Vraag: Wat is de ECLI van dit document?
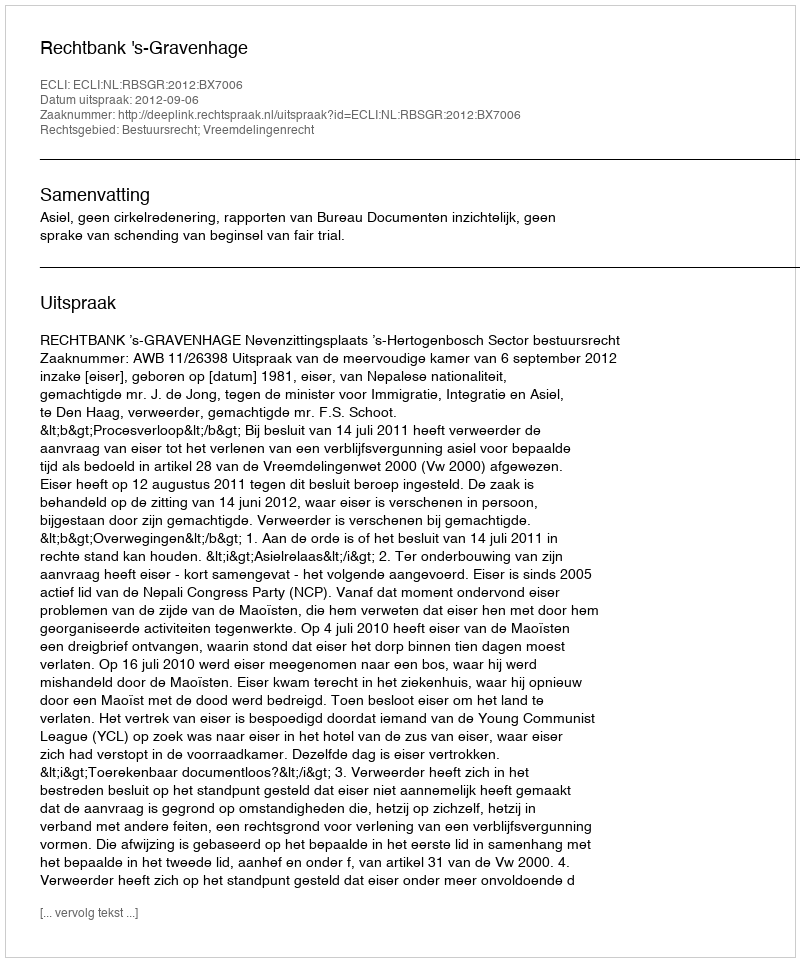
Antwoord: ECLI:NL:RBSGR:2012:BX7006